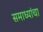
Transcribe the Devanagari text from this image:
समाध्यांचा